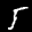
Label: 5